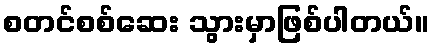
စတင်စစ်ဆေး သွားမှာဖြစ်ပါတယ်။